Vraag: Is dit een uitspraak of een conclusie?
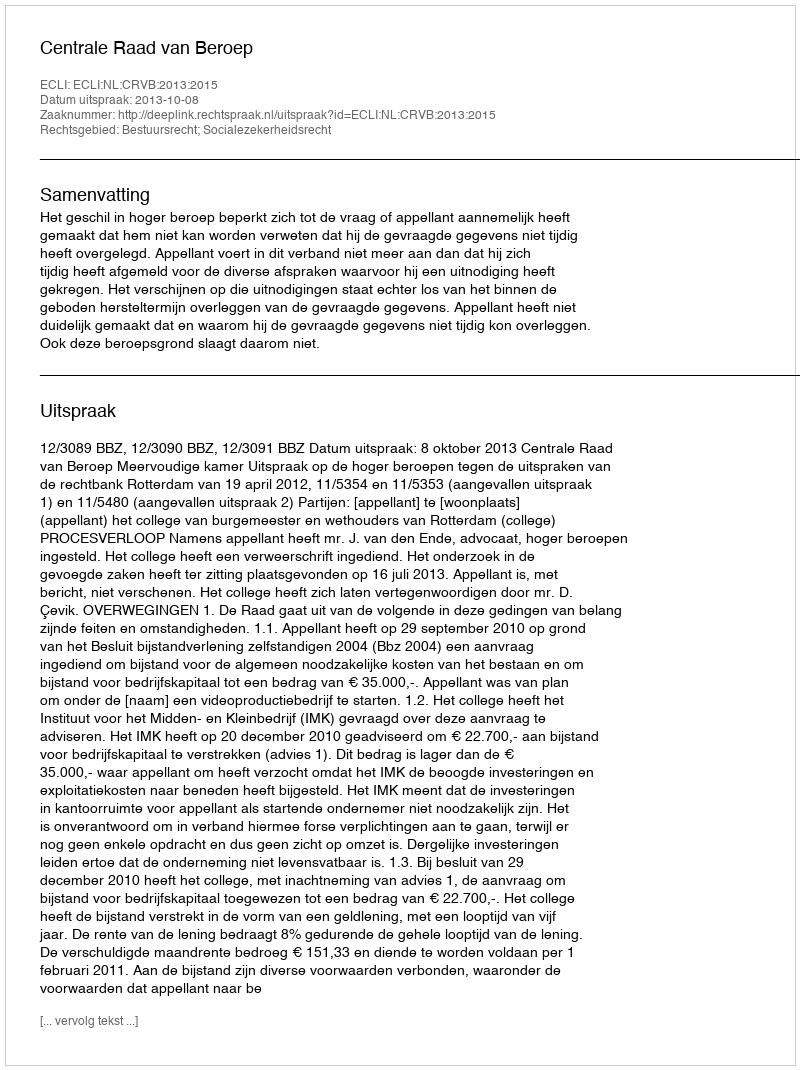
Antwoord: Uitspraak